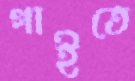
গাইতে